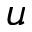
u